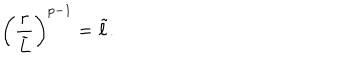
LaTeX: \left( { \frac { r } { \tilde { L } } } \right) ^ { p - 1 } = \tilde { \ell } .